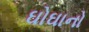
ઘોઘાનો